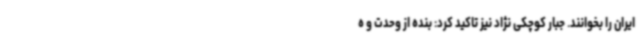
ایران را بخوانند. جبار کوچکی نژاد نیز تاکید کرد: بنده از وحدت و ه